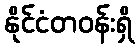
နိုင်ငံတဝန်းရှိ